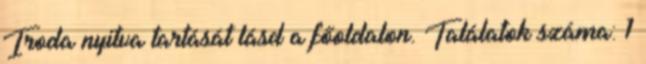
Iroda nyitva tartását lásd a főoldalon. Találatok száma: 1